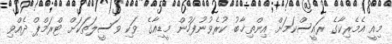
މިއީ އެމެރިކާގެ ރައީސްކަމަށް އިންތިޚާބު ކުރެވުނުފަހުން މީޑިއާގެ ވަކި ވަސީލަތަކަށް ޓްރަމްޕް ދެއްވި